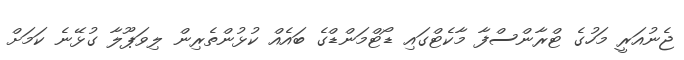
ޖެނުއަރީ މަހުގެ ޓްރާންސްފާ މާކެޓްގައި ޑޯޓްމަންޑްގެ ބައެއް ކުޅުންތެރިން ލިވަޕޫލާ ގުޅޭނެ ކަމަށް